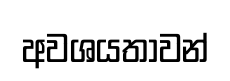
අවශයතාවන්